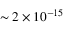
\sim 2 \times 1 0 ^ { - 1 5 }